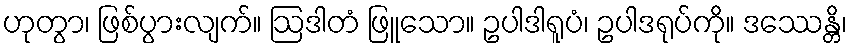
ဟုတွာ၊ ဖြစ်ပွားလျက်။ ဩဒါတံ ဖြူသော။ ဥပါဒါရူပံ၊ ဥပါဒရုပ်ကို။ ဒဿေန္တိ၊